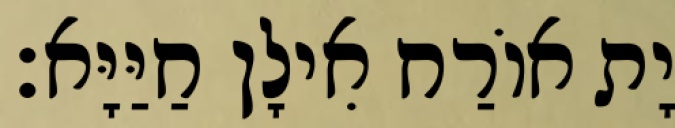
יָת אוֹרַח אִילָן חַיַּיָּא׃